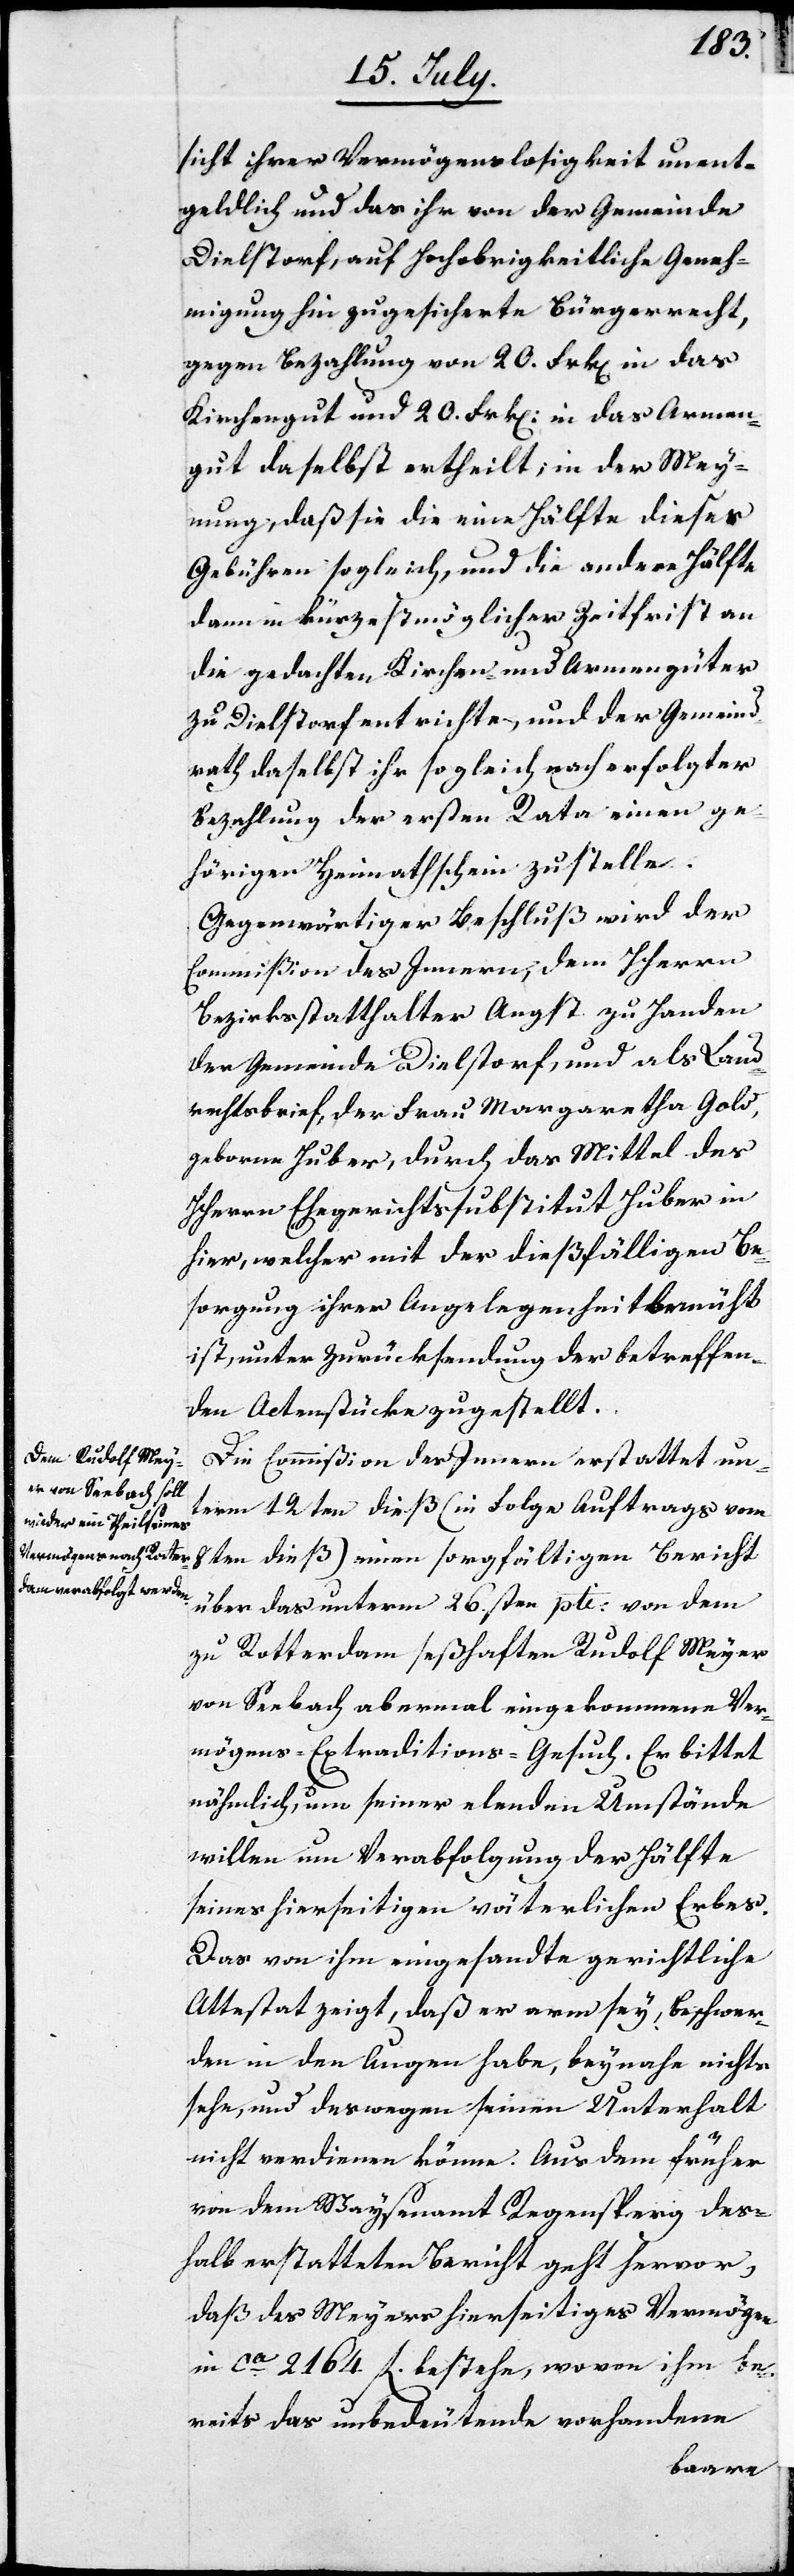
sicht ihrer Vermögenslosigkeit unent¬
geldlich und das ihr von der Gemeinde
Dielstorf, auf Hochobrigkeitliche Geneh¬
migung hin zugesicherte Bürgerrecht,
gegen Bezahlung von 20. Frk. in das
Kirchengut und 20. Frk. in das Armen¬
gut daselbst ertheilt; in der Mey¬
nung, daß sie die eine Hälfte dieser
Gebühren sogleich, und die andere Hälfte
dann in kürzestmöglicher Zeitfrist an
die gedachten Kirchen- und Armengüter
zu Dielstorf entrichte, und der Gemeind¬
rath daselbst ihr sogleich nach erfolgter
Bezahlung der ersten Rate einen ge¬
hörigen Heimatschein zustelle.
Gegenwärtiger Beschluß wird der
Commißion des Innern, dem HHerrn
Bezirksstatthalter Angst zu Handen
der Gemeinde Dielstorf, und als Land¬
rechtsbrief, der Frau Margaretha Gold,
gebohrne Huber, durch das Mittel des
HHerrn Ehegerichtssubstitut Huber in
hier, welcher mit der dießfälligen Be¬
sorgung ihrer Angelegenheit bemüht
ist, unter Zurücksendung der betreffen¬
den Actenstücke zugestellt.
Die Commißion des Innern erstattet un¬
term 12ten dieß (in Folge Auftrags vom
8ten dieß) einen sorgfältigen Bericht
über das unterm 26sten pti. von dem
zu Rotterdam seßhaften Rudolf Meyer
von Seebach abermal eingekommene Ver¬
mögens-Extraditions-Gesuch. Er bittet
nämlich, um seiner elenden Umstände
willen um Verabfolgung der Hälfte
seines hierseitigen väterlichen Erbes.
Das von ihm eingesandte gerichtliche
Attestat zeigt, daß er arm sey, Beschwer¬
den in den Augen habe, beynahe nichts
sehe, und deswegen seinen Unterhalt
nicht verdienen könne. Aus dem früher
von dem Waysenamt Regensperg deß¬
halb erstatteten Bericht geht hervor,
daß des Meyers hierseitiges Vermögen
in ca. 2164. fl bestehe, wovon ihm be¬
reits das unbedeutende vorhandene